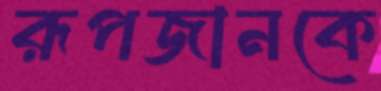
রূপজানকে